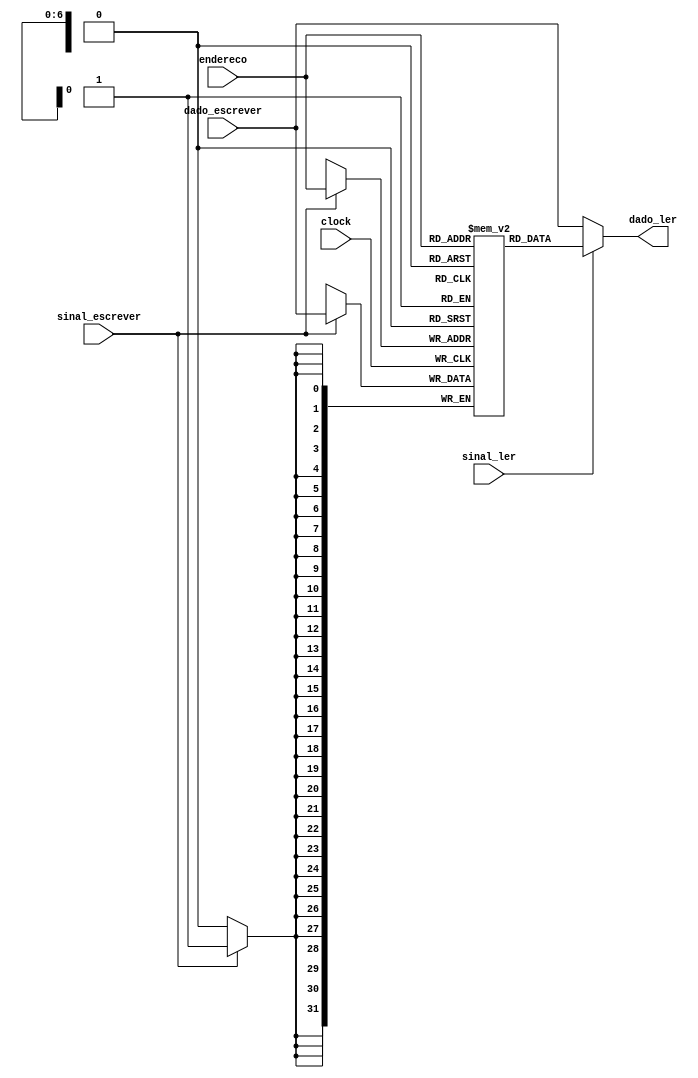
module MemoriaDeDados (input clock, sinal_ler, sinal_escrever,
                       input wire [6:0] endereco,
					             input wire [31:0] dado_escrever,
                       output wire [31:0] dado_ler);

  reg [31:0] memoria [0:127];
  always @ (posedge clock) begin
    if (sinal_escrever)
      memoria[endereco] <= dado_escrever;
  end

  assign dado_ler = (sinal_ler) ? memoria[endereco][31:0] : dado_escrever;

endmodule